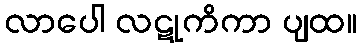
လာပေါ လဋုကိကာ ပျထ။